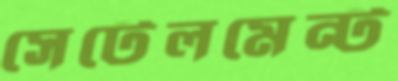
সেটেলমেন্ট